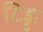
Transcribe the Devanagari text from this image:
टिड्डा